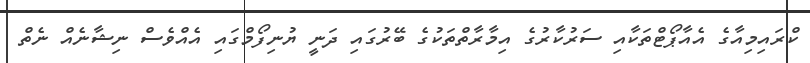
ކްރައިމިއާގެ އެއާޕޯޓްތަކާއި ސަރުކާރުގެ އިމާރާތްތަކުގެ ބޭރުގައި ދަނީ ޔުނިފޯމްގައި އެއްވެސް ނިޝާނެއް ނެތް